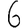
Digit: 6